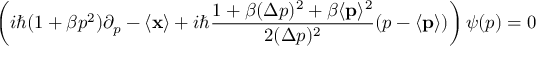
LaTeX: \left( i \hbar ( 1 + \beta p ^ { 2 } ) \partial _ { p } - \langle { \bf { x } } \rangle + i \hbar \frac { 1 + \beta ( \Delta p ) ^ { 2 } + \beta \langle { \bf { p } } \rangle ^ { 2 } } { 2 ( \Delta p ) ^ { 2 } } ( p - \langle { \bf { p } } \rangle ) \right) \psi ( p ) = 0